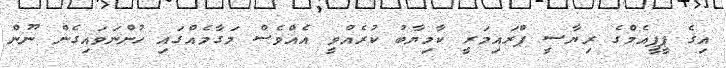
އިގެ ޕީޕީއެމްގެ ރިޔާސީ ޕްރައިމަރީ ކާމިޔާބު ކުރެއްވީ އެއްވެސް މަގާމެއްގައި ހުންނަވައިގެން ނޫން